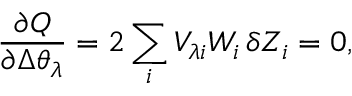
\frac { \partial Q } { \partial \Delta \theta _ { \lambda } } = 2 \sum _ { i } V _ { \lambda i } W _ { i } \, \delta Z _ { i } = 0 ,